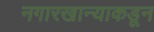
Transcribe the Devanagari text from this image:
नगारखान्याकडून